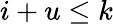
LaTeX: i+u\le k